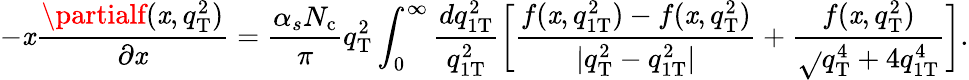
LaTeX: -\mathit{x}\frac{{\partialf(\mathit{x},q_{\mathrm{{T}}}^{2})}}{{\partial\mathit{x}}}=\frac{{\alpha_{s}N_{\mathrm{{c}}}}}{{\pi}}q_{\mathrm{{T}}}^{2}\int_{0}^{\infty}\frac{{dq_{1\mathrm{{T}}}^{2}}}{{q_{1\mathrm{{T}}}^{2}}}\bigg[\frac{{f(\mathit{x},q_{1\mathrm{{T}}}^{2})-f(\mathit{x},q_{\mathrm{{T}}}^{2})}}{{|q_{\mathrm{{T}}}^{2}-q_{1\mathrm{{T}}}^{2}|}}+\frac{{f(\mathit{x},q_{\mathrm{{T}}}^{2})}}{{\sqrt{}{{q_{\mathrm{{T}}}^{4}+4q_{1\mathrm{{T}}}^{4}}}}}\bigg].